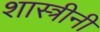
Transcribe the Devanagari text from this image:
शास्त्रीनी